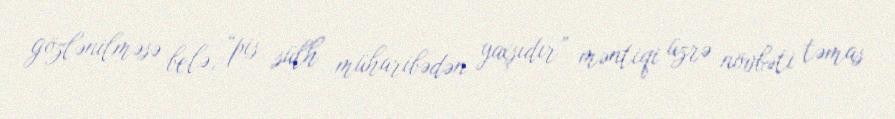
gözlənilməsə belə, “pis sülh müharibədən yaxşıdır” məntiqi üzrə növbəti təmas